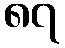
၈၇